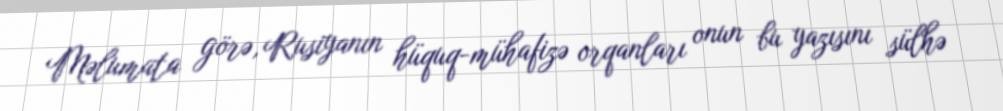
Məlumata görə, Rusiyanın hüquq-mühafizə orqanları onun bu yazısını sülhə